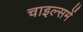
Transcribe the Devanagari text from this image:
चाइल्समें